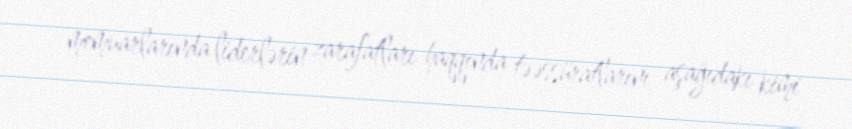
memuarlarında liderlərin zarafatları haqqında təəssüratlarını aşağıdakı kimi